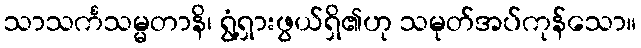
သာသင်္ကသမ္မတာနိ၊ ရွံ့ရှားဖွယ်ရှိ၏ဟု သမုတ်အပ်ကုန်သော။